Report on the lunatic asylums under the Government of Bombay - 1904-1913
Year: 1904
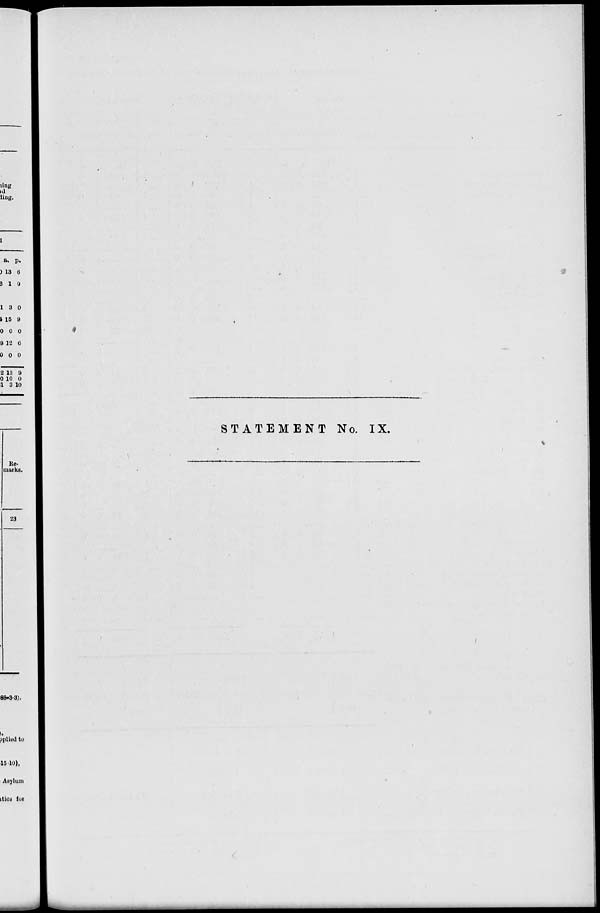
STATEMENT No. IX.